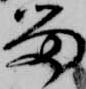
留